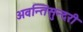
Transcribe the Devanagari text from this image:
अवन्तिसुन्दरी